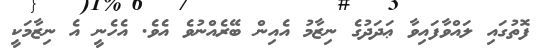
ފޮތުގައި ލައްވާފައިވާ ޢަދަދުގެ ނިޒާމު އެއިން ބޭރެއްނުވެ އެވެ. އެހެނީ އެ ނިޒާމަކީ